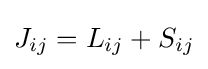
J_{ij}=L_{ij}+S_{ij}